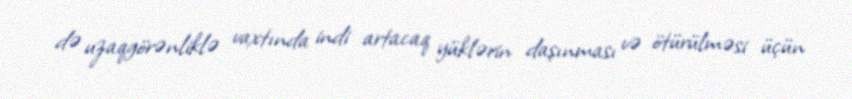
də uzaqgörənliklə vaxtında indi artacaq yüklərin daşınması və ötürülməsi üçün